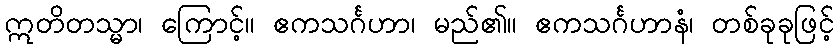
ဣတိတသ္မာ၊ ကြောင့်။ ဧကသင်္ဂဟာ၊ မည်၏။ ဧကသင်္ဂဟာနံ၊ တစ်ခုခုဖြင့်